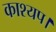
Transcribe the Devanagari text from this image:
काश्यप।